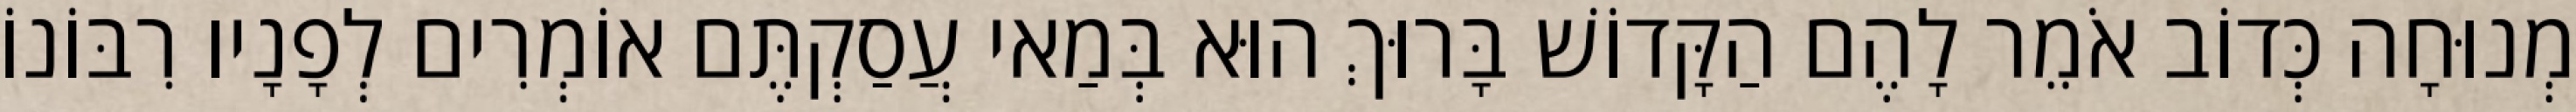
מְנוּחָה כְּדוֹב אֹמֵר לָהֶם הַקָּדוֹשׁ בָּרוּךְ הוּא בְּמַאי עֲסַקְתֶּם אוֹמְרִים לְפָנָיו רִבּוֹנוֹ